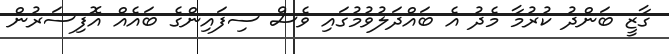
ގާޒީ ބަންދު ކުރުމާ މެދު އެ ބައްދަލުވުމުގައި ވެސް ސިފައިންގެ ބައެއް އޮފިސަރުން